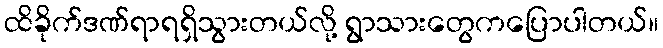
ထိခိုက်ဒဏ်ရာရရှိသွားတယ်လို့ ရွာသားတွေကပြောပါတယ်။